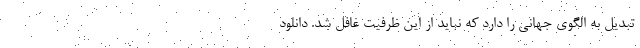
تبدیل به الگوی جهانی را دارد که نباید از این ظرفیت غافل شد. دانلود